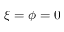
\xi = \phi = 0